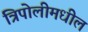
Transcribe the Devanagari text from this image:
त्रिपोलीमधील